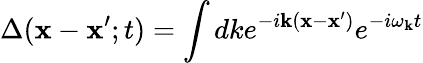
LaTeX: \Delta({\mathbf x}-{\mathbf x}^{\prime};t)=\int dke^{-i{\mathbf k}({\mathbf x}-{\mathbf x}^{\prime})}e^{-i\omega_{\mathbf k}t}